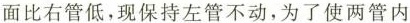
面比右管低，现保持左管不动，为了使两管内